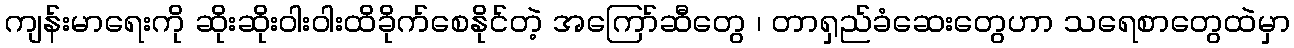
ကျန်းမာရေးကို ဆိုးဆိုးဝါးဝါးထိခိုက်စေနိုင်တဲ့ အကြော်ဆီတွေ ၊ တာရှည်ခံဆေးတွေဟာ သရေစာတွေထဲမှာ